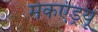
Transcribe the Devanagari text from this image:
मेकएंड्रयू